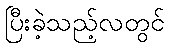
ပြီးခဲ့သည့်လတွင်